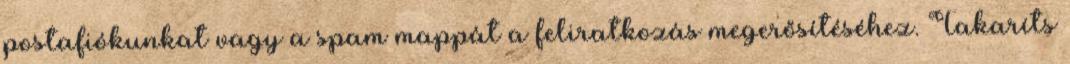
postafiókunkat vagy a spam mappát a feliratkozás megerősítéséhez. Takaríts